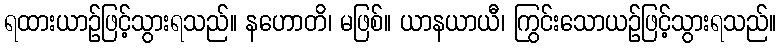
ရထားယာဉ်ဖြင့်သွားရသည်။ နဟောတိ၊ မဖြစ်။ ယာနယာယီ၊ ကြွင်းသောယဉ်ဖြင့်သွားရသည်။